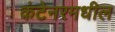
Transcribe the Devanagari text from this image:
कंटेनरमधील